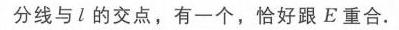
分线与\(l\)的交点，有一个，恰好跟\(E\)重合.